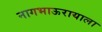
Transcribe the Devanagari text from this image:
नागभाऊरायाला